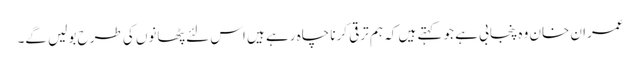
عمران خان وہ پنجابی ہے جو کہتے ہیں کہ ہم ترقی کرنا چاہ رہے ہیں اس لئے پٹھانوں کی طرح بولیں گے۔